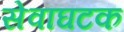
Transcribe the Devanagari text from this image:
सेवाघटक